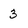
Character: 3